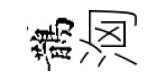
鵲洶